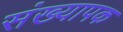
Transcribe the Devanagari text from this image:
संख्यापक